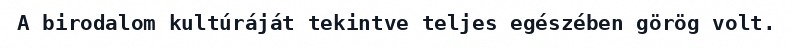
A birodalom kultúráját tekintve teljes egészében görög volt.